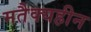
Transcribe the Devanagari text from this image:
मतैक्यहीन